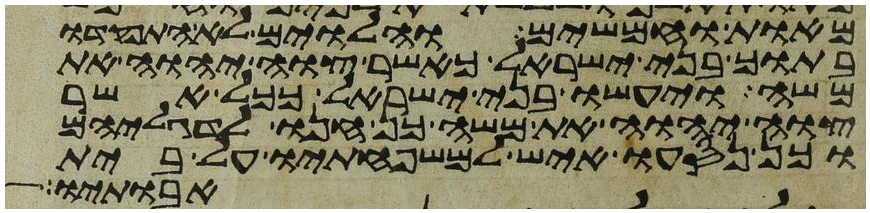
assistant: מאות וחמשים והלוים לא התפקדו
בתוך בני ישראל כאשר צוה יהוה את
משה ויעשו בני ישראל ככל אשר
צוה יהוה את משה כן חנו לדגליהם
וכן נסעו איש למשפחותיו על בית
אבותיו